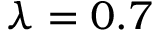
\lambda = 0 . 7